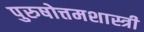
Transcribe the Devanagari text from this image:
पुरुषोत्तमशास्त्री